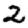
Digit: 2